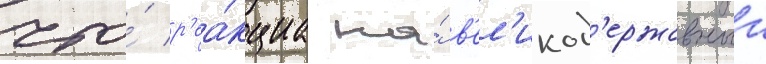
что́ р'еа́кциа на́ в'ел'икод'ержавныи